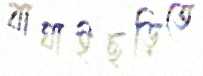
বাঘাইছড়িতে